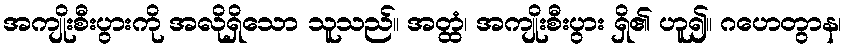
အကျိုးစီးပွားကို အလိုရှိသော သူသည်။ အတ္ထံ၊ အကျိုးစီးပွား ရှိ၏ ဟူ၍။ ဂဟေတွာန၊